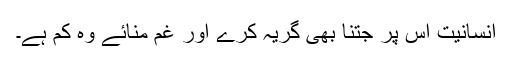
انسانیت اس پر جتنا بھی گریہ کرے اور غم منائے وہ کم ہے۔